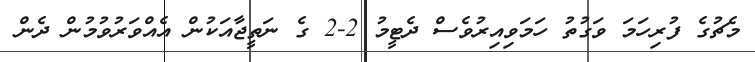
މެޗުގެ ފުރިހަމަ ވަގުތު ހަމަވިއިރުވެސް ދެޓީމު 2-2 ގެ ނަތީޖާއަކުން އެއްވަރުވުމުން ދެން